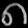
Digit: ၈